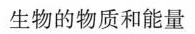
生物的物质和能量